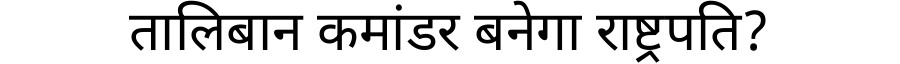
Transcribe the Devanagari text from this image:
तालिबान कमांडर बनेगा राष्ट्रपति?